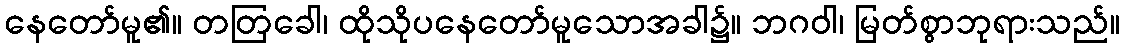
နေတော်မူ၏။ တတြခေါ၊ ထိုသိုပနေတော်မူသောအခါ၌။ ဘဂဝါ၊ မြတ်စွာဘုရားသည်။